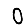
Digit: 0